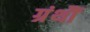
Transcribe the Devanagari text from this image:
ग्रंथौं